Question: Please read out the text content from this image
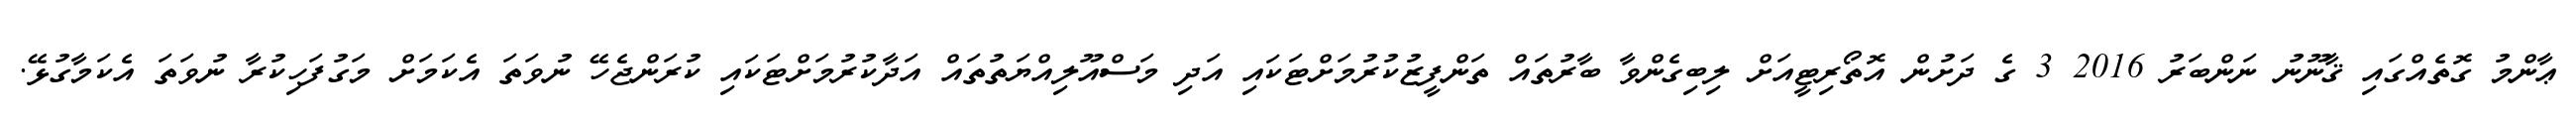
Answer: ޢާންމު ގޮތެއްގައި ޤާނޫނު ނަންބަރު 2016 3 ގެ ދަށުން އޮތޯރިޓީއަށް ލިބިގެންވާ ބާރުތައް ތަންފީޒުކުރުމަށްޓަކައި އަދި މަސްއޫލިއްޔަތުތައް އަދާކުރުމަށްޓަކައި ކުރަންޖެހޭ ނުވަތަ އެކަމަށް މަގުފަހިކުރާ ނުވަތަ އެކަމާގުޅޭ.